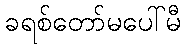
ခရစ်တော်မပေါ်မီ